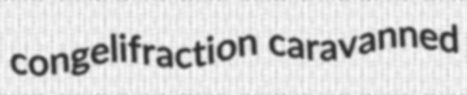
congelifraction caravanned